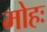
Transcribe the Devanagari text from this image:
मोहः